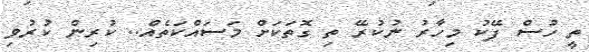
ތީ ހުސް ފޭކު މިހާރު ނުކުރޭ ތި ގޮތަކަށް މަސައްކަތެއް.. ކުރިން ކުރުވި